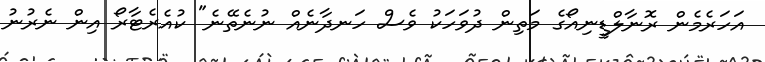
އަހަރެމެން ރޮނާލްޑީނިއޯގެ މަތިން ދުވަހަކު ވެސް ހަނދާނެއް ނުނެތޭނެ" ކުއެރެޓާރޯ އިން ނެރުނު